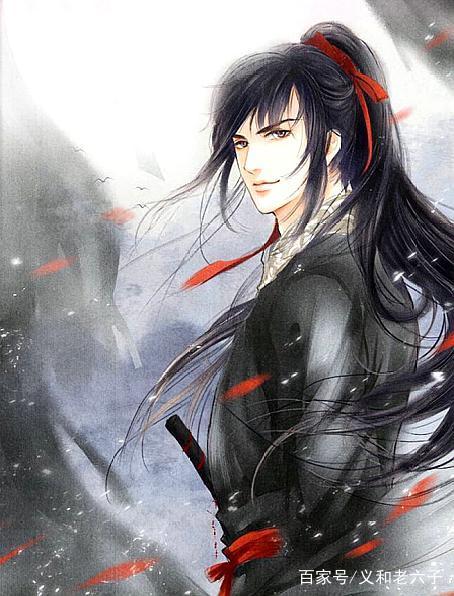
薄幸郎君何日到，想自当初，莫要相逢好。